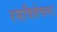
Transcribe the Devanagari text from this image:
रसविवेचन।